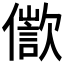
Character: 𠏩